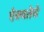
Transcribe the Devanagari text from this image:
ऐक्यतेचे